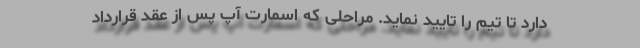
دارد تا تیم را تایید نماید. مراحلی که اسمارت آپ پس از عقد قرارداد